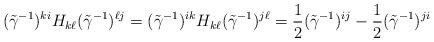
LaTeX: \begin{align*}(\tilde\gamma^{-1})^{ki}H_{k\ell}(\tilde\gamma^{-1})^{\ell j}=(\tilde\gamma^{-1})^{ik}H_{k\ell}(\tilde\gamma^{-1})^{j\ell }=\frac{1}{2}(\tilde\gamma^{-1})^{ij}-\frac{1}{2}(\tilde\gamma^{-1})^{ji}\end{align*}